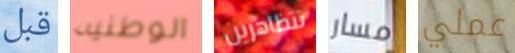
قبل الوطنيه تتظاهرين مسار عملي